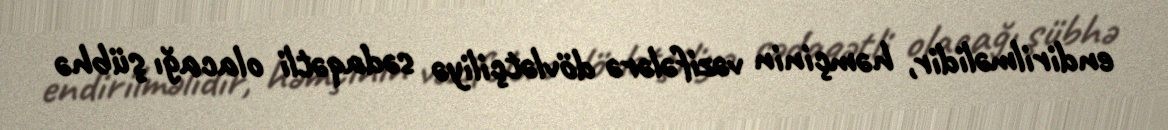
endirilməlidir, həmçinin vəzifələrə dövlətçiliyə sədaqətli olacağı şübhə